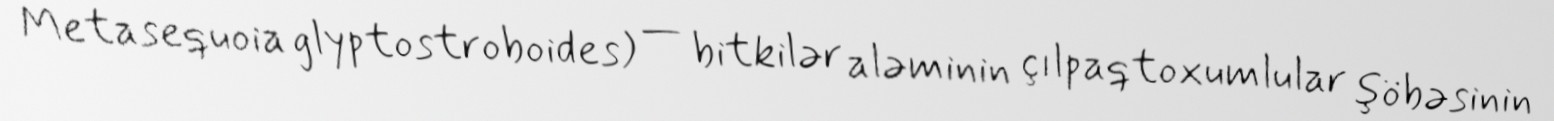
Metasequoia glyptostroboides) — bitkilər aləminin çılpaqtoxumlular şöbəsinin